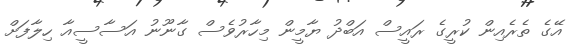
އޭގެ ތެރެއިން ކުރީގެ ރައީސް އަބްދު ޔާމީން މިހާރުވެސް ގާނޫނު އަސާސީއާ ހިލާފަށް